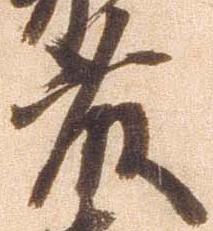
藤